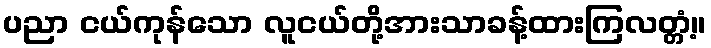
ပညာ ငယ်ကုန်သော လူငယ်တို့အားသာခန့်ထားကြလတ္တံ့။